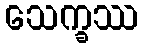
သေက္ခဿ